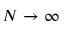
N \rightarrow \infty